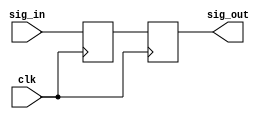
module posneg_capture (
    input  clk,
    input  sig_in,
    output sig_out
  );
  
  /*
  (* HU_SET = "capture", RLOC = "X0Y0" *) reg sig_in_0;
  (* HU_SET = "capture", RLOC = "X1Y0" *) reg sig_in_180;
  */

  (* RLOC = "X0Y0" *) reg sig_in_0;
  (* RLOC = "X1Y0" *) reg sig_in_180;

  always @(posedge clk) begin
    sig_in_0 <= sig_in;
  end

  always @(negedge clk) begin
    sig_in_180 <= sig_in_0;
  end
  assign sig_out = sig_in_180;

endmodule